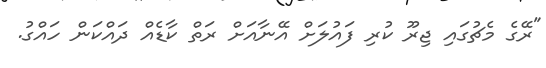
"ރޭގެ މެޗުގައި ޖިރޫ ކުރި ފައުލަށް އޭނާއަށް ރަތް ކާޑެއް ދައްކަން ހައްގު.